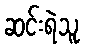
ဆင်းရဲသူ